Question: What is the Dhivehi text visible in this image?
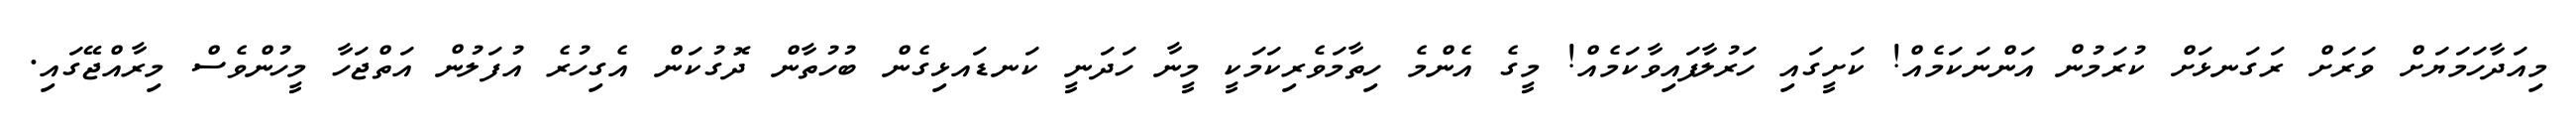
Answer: މިއަދާހަމަޔަށް ވަރަށް ރަގަނޅަށް ކުރަމުން އަންނަކަމެއް! ކަށީގައި ހަރުލާފައިވާކަމެއް! މީގެ އެންމެ ހިތާމަވެރިކަމަކީ މީނާ ހަދަނީ ކަނޑައޅިގެން ބުހުތާން ދޮގުކަން އެގިހުރެ އުފަލުން އަތްޖަހާ މީހުންވެސް މިރާއްޖޭގައި.